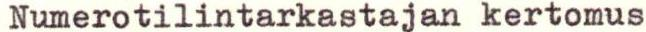
Numerotilintarkastajan kertomus